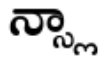
న్స్లా